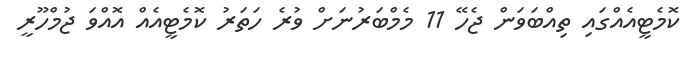
ކޮމެޓީއެއްގައި ތިއްބަވަން ޖެހޭ 11 މެމްބަރުނަށް ވުރެ ހަތަރު ކޮމެޓީއެއް އޮއްވަ ޖުމްހޫރީ